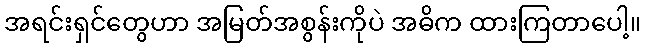
အရင်းရှင်တွေဟာ အမြတ်အစွန်းကိုပဲ အဓိက ထားကြတာပေါ့။